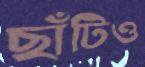
ছাঁটিও